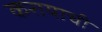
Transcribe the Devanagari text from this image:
करायाची